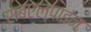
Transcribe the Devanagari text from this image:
सबएल्पाइन